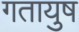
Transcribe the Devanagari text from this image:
गतायुष